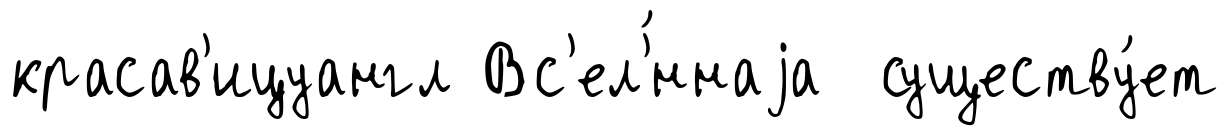
красав'ицуангл Вс'ел'́ннаjа существу́ет